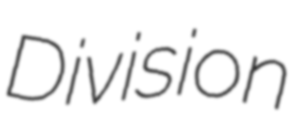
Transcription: Division